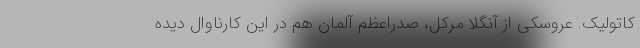
کاتولیک. عروسکی از آنگلا مرکل، صدراعظم آلمان هم در این کارناوال دیده